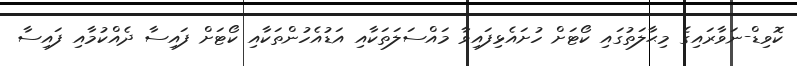
ކޮވިޑް-ނަވާރައިގެ މިޙާލަތުގައި ކޯޓަށް ހުށައެޅިފައިވާ މައްސަލަތަކާއި އަޑުއެހުންތަކާއި ކޯޓަށް ފައިސާ ދެއްކުމާއި ފައިސާ